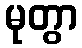
မုတွာ